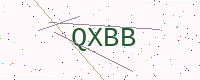
Text: QXBB